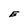
Character: E